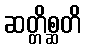
ဆတ္တိစ္ဆတိ